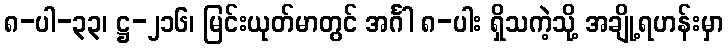
၈-ပါ-၃၃၊ ဋ္ဌ-၂၁၆၊ မြင်းယုတ်မာတွင် အင်္ဂါ ၈-ပါး ရှိသကဲ့သို့ အချို့ရဟန်းမှာ